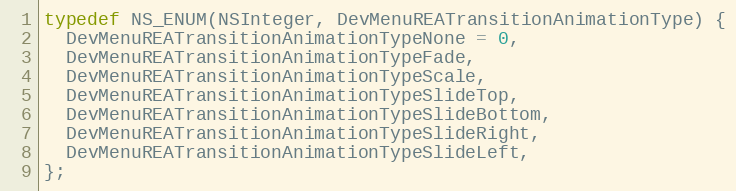
Language: C
typedef NS_ENUM(NSInteger, DevMenuREATransitionAnimationType) {
  DevMenuREATransitionAnimationTypeNone = 0,
  DevMenuREATransitionAnimationTypeFade,
  DevMenuREATransitionAnimationTypeScale,
  DevMenuREATransitionAnimationTypeSlideTop,
  DevMenuREATransitionAnimationTypeSlideBottom,
  DevMenuREATransitionAnimationTypeSlideRight,
  DevMenuREATransitionAnimationTypeSlideLeft,
};